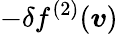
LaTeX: -\delta f^{(2)}(\boldsymbol{v})